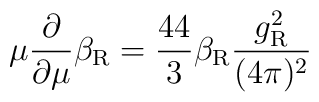
\mu\frac{\partial}{\partial\mu} \beta_{\rm R} =\frac{44}3 \beta_{\rm R}\frac{g_{\rm R}^2}{(4\pi)^2}